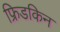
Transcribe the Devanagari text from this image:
फ्रिडकिन